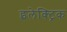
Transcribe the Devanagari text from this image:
इलेक्‍ट्रिक